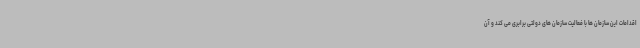
اقدامات این سازمان ها با فعالیت سازمان های دولتی برابری می کند و آن